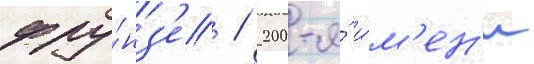
фру́нз'е / 200-я́ и́м'ен'и